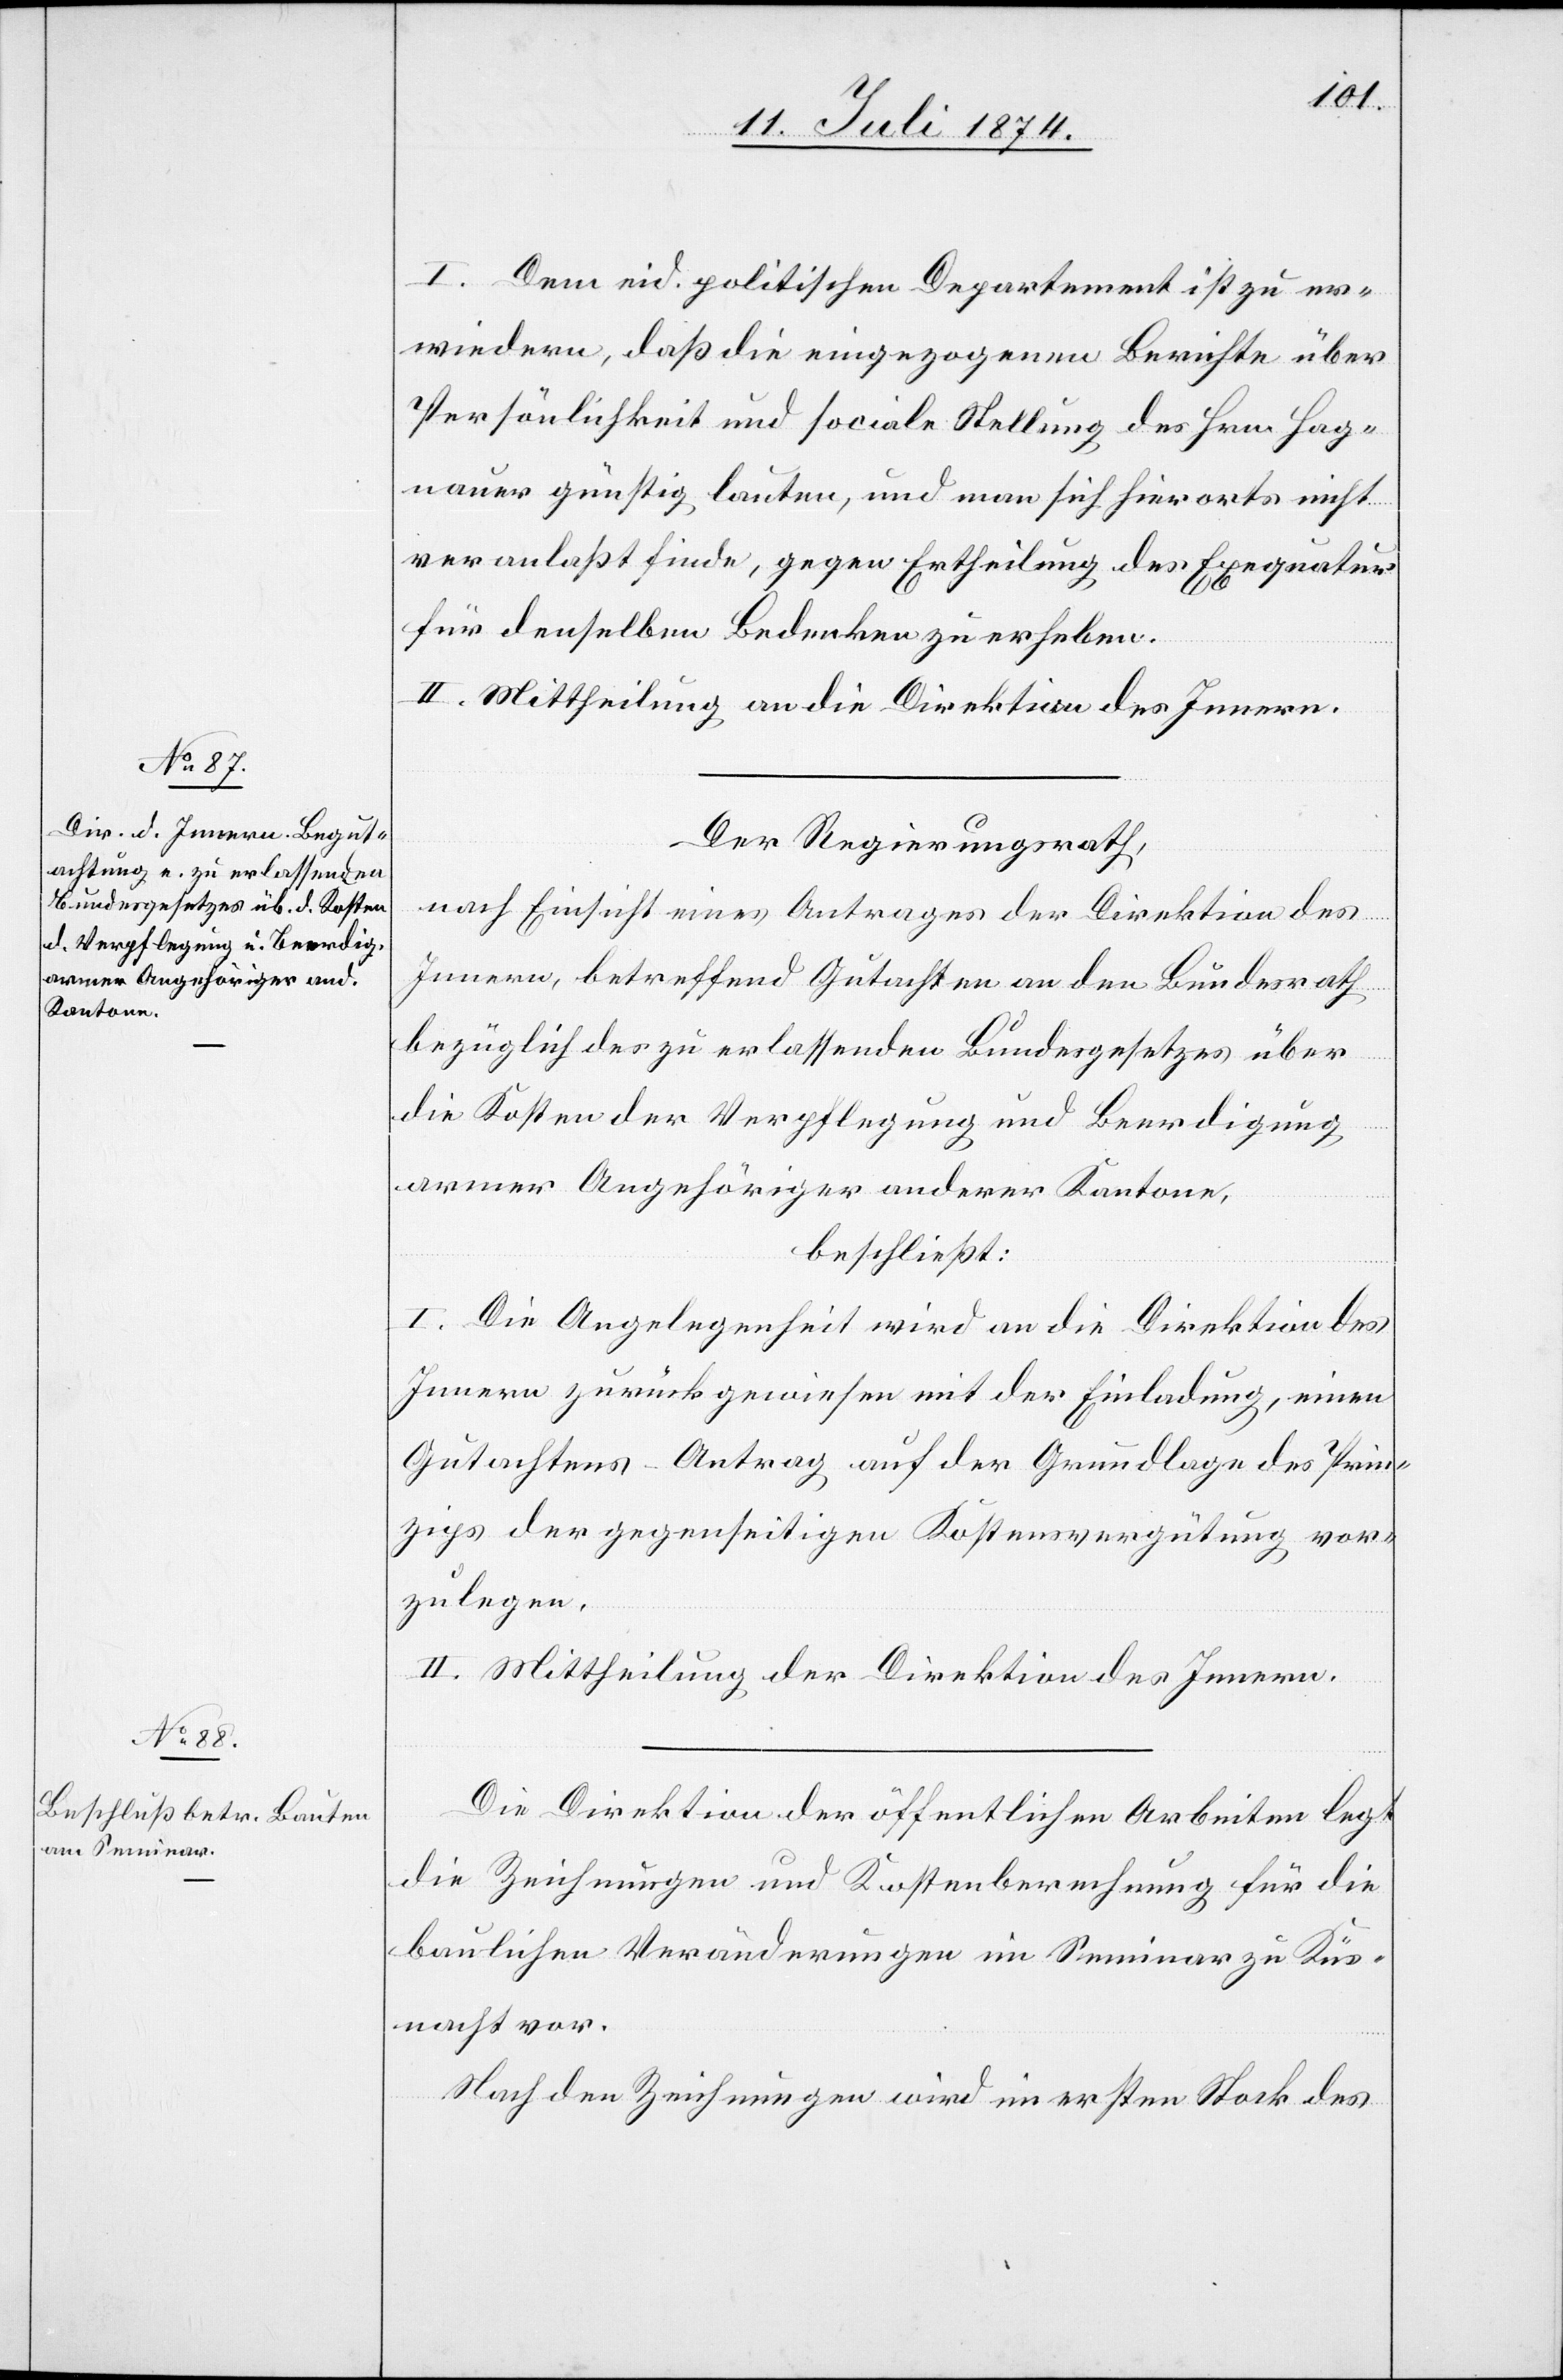
I. Dem eid. politischen Departement ist zu er¬
wiedern, daß die eingezogenen Berichte über
Persönlichkeit und sociale Stellung des Hrn. Hag¬
nauer günstig lauten, und man sich hierorts nicht
veranlaßt finde, gegen Ertheilung der Exequatur
für denselben Bedenken zu erheben.
II. Mittheilung an die Direktion des Innern.
Der Regierungsrath,
nach Einsicht eines Antrages er Direktion des
Innern, betreffend Gutachten an den Bundesrath
bezüglich des zu erlassenden Bundesgesetzes über
die Kosten der Verpflegung und Beerdigung
armer Angehöriger anderer Kantone,
beschließt:
I. Die Angelegenheit wird an die Direktion des
Innern zurückgewiesen mit der Einladung, einen
Gutachtens-Antrag auf der Grundlage des Prin¬
zips der gegenseitigen Kostenvergütung vor¬
zulegen.
II. Mittheilung der Direktion des Innern.
Die Direktion der öffentlichen Arbeiten legt
die Zeichnungen und Kostenberechnung für die
baulichen Veränderungen im Seminar zu Küs¬
nacht vor.
Nach den Zeichnungen wird im ersten Stock des